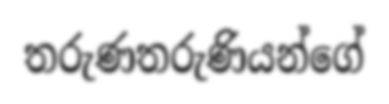
තරුණතරුණියන්ගේ